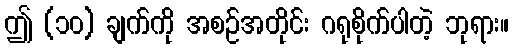
ဤ (၁၀) ချက်ကို အစဉ်အတိုင်း ဂရုစိုက်ပါတဲ့ ဘုရား။